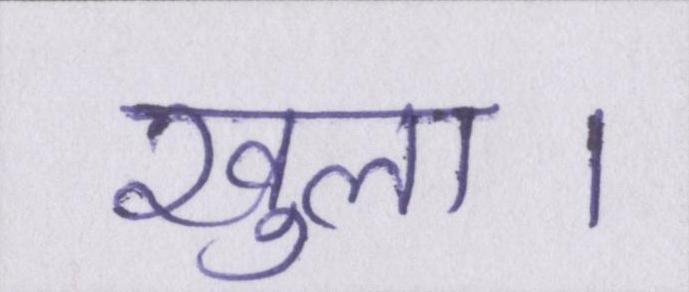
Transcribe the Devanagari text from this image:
खुला।